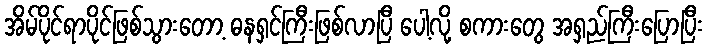
အိမ်ပိုင်ရာပိုင်ဖြစ်သွားတော့ ဓနရှင်ကြီးဖြစ်လာပြီ ပေါ့လို့ စကားတွေ အရှည်ကြီးပြောပြီး